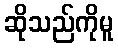
ဆိုသည်ကိုမူ